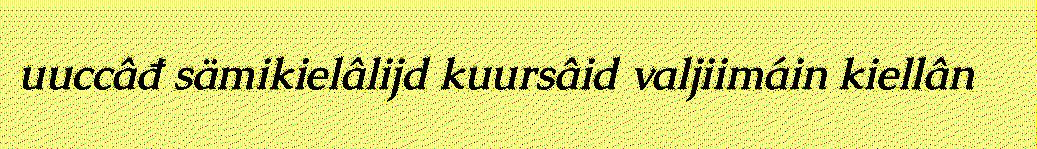
uuccâđ sämikielâlijd kuursâid valjiimáin kiellân